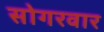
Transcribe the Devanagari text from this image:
सोगरवार